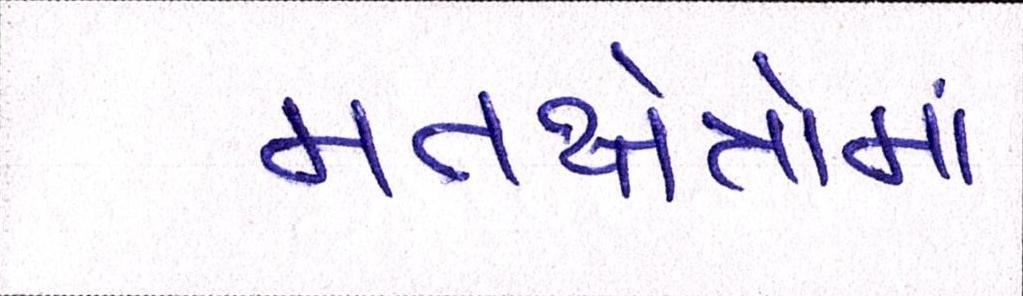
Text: મતક્ષેત્રોમાં